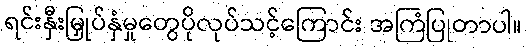
ရင်းနှီးမြှုပ်နှံမှုတွေပိုလုပ်သင့်ကြောင်း အကြံပြုတာပါ။